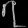
Digit: ၇